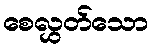
စေလွှတ်သော